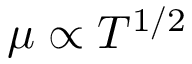
\mu \propto T ^ { 1 / 2 }